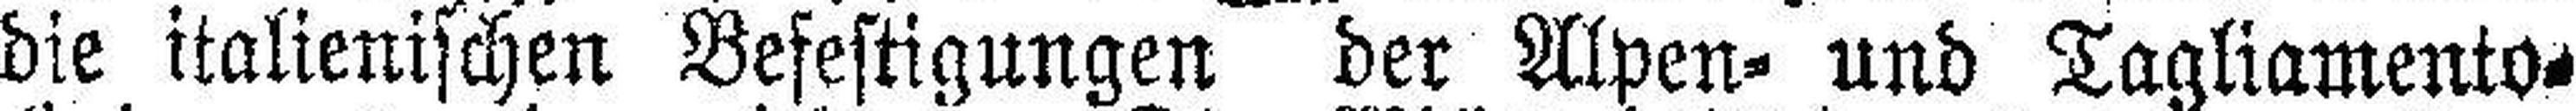
die italienischen Befestigungen der Alpen= und Tagliamento¬